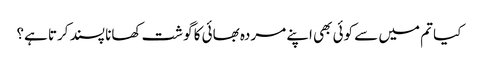
کیا تم میں سے کوئی بھی اپنے مردہ بھائی کا گوشت کھانا پسند کرتا ہے؟